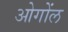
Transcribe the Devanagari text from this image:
ओगोंल